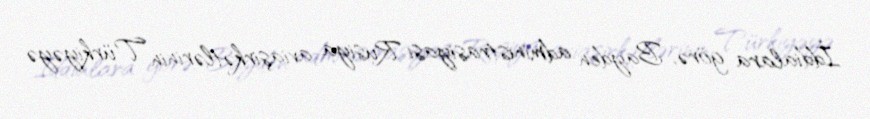
İddialara görə, Bayden administrasiyası Rusiya aviaşirkətlərinin Türkiyəyə